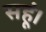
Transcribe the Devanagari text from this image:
सहूं।